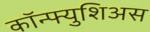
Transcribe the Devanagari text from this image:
कॉन्फ्युशिअस